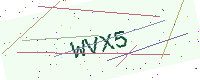
Text: WVX5